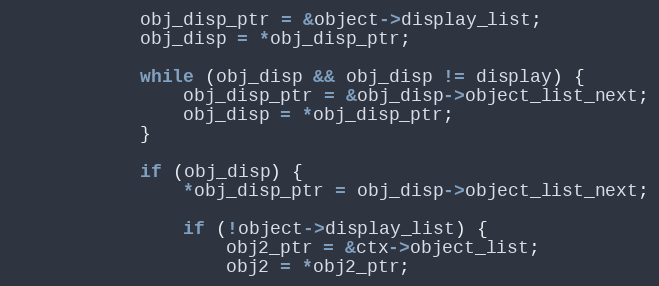
Language: C
            obj_disp_ptr = &object->display_list;
            obj_disp = *obj_disp_ptr;

            while (obj_disp && obj_disp != display) {
                obj_disp_ptr = &obj_disp->object_list_next;
                obj_disp = *obj_disp_ptr;
            }

            if (obj_disp) {
                *obj_disp_ptr = obj_disp->object_list_next;

                if (!object->display_list) {
                    obj2_ptr = &ctx->object_list;
                    obj2 = *obj2_ptr;